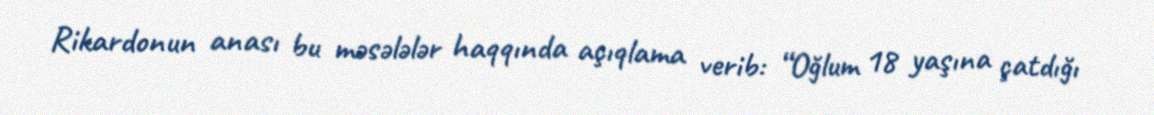
Rikardonun anası bu məsələlər haqqında açıqlama verib: “Oğlum 18 yaşına çatdığı